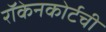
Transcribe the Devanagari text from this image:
रॉकेनकोर्टची